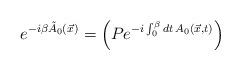
LaTeX: \begin{align*}e^{-i\beta \tilde{A}_{0}(\vec{x})} = \left(P e^{-i\int_{0}^{\beta}dt\,A_{0}(\vec{x},t)}\right)\end{align*}